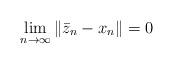
LaTeX: \begin{align*}\lim_{n\to\infty}\left\|\bar{z}_n-x_n\right\|=0\end{align*}